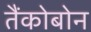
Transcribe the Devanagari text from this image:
तैंकोबोन